Malarial fevers
Disease focus: Malaria
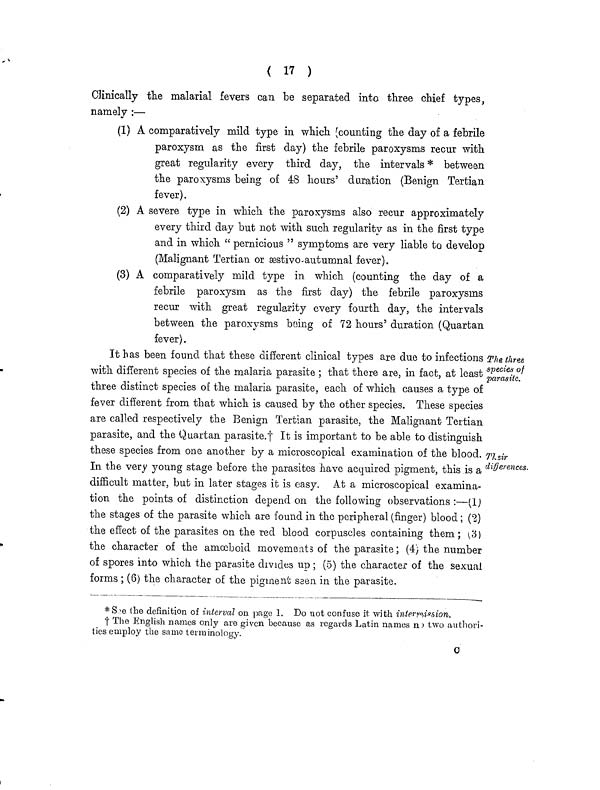
( 17 )
Clinically the malarial fevers can be separated into three chief types,
namely :—
(1) A comparatively mild type in which (counting the day of a febrile
paroxysm as the first day) the febrile paroxysms recur with
great regularity every third day, the intervals * between
the paroxysms being of 48 hours' duration (Benign Tertian
fever).
(2) A severe type in which the paroxysms also recur approximately
every third day but not with such regularity as in the first type
and in which " pernicious " symptoms are very liable to develop
(Malignant Tertian or æstivo-autumnal fever).
(3) A comparatively mild type in which (counting the day of a
febrile paroxysm as the first day) the febrile paroxysms
recur with great regularity every fourth day, the intervals
between the paroxysms being of 72 hours' duration (Quartan
fever).
The three
species of
parasite,
Their
differences.
It has been found that these different clinical types are due to infections
with different species of the malaria parasite ; that there are, in fact, at least
three distinct species of the malaria parasite, each of which causes a type of
fever different from that which is caused by the other species. These species
are called respectively the Benign Tertian parasite, the Malignant Tertian
parasite, and the Quartan parasite.† It is important to be able to distinguish
these species from one another by a microscopical examination of the blood.
In the very young stage before the parasites have acquired pigment, this is a
difficult matter, but in later stages it is easy. At a microscopical examina-
tion the points of distinction depend on the following observations :—(I)
the stages of the parasite which are found in the peripheral (finger) blood; (2)
the effect of the parasites on the red blood corpuscles containing them; (3)
the character of the amoeboid movements of the parasite ; (4) the number
of spores into which the parasite divides up ; (5) the character of the sexual
forms ; (6) the character of the pigment seen in the parasite.
*See the definition of interval on page 1. Do not confuse it with intermission.
† The English names only are given because as regards Latin names no two authori-
ties employ the same terminology.
0